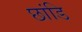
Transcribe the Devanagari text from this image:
छांडि